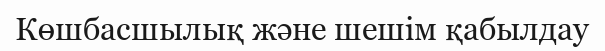
Көшбасшылық және шешім қабылдау